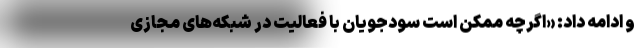
و ادامه داد: «اگرچه ممکن است سودجویان با فعالیت در شبکه‌های مجازی